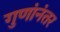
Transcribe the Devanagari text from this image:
गुणांनंतर